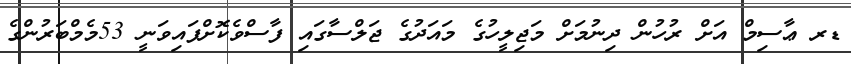
ޑރ ޢާސިމް އަށް ރުހުން ދިނުމަށް މަޖިލީހުގެ މައަދުގެ ޖަލްސާގައި ފާސްވެކޮށްފައިވަނީ 53މެމްބަރުންގެ